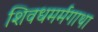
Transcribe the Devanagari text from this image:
शिवधमर्मगाथा